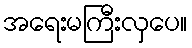
အရေးမကြီးလှပေ။